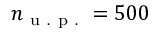
n _ { \mathrm { ~ u ~ . ~ p ~ . ~ } } = 5 0 0